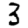
Digit: 3